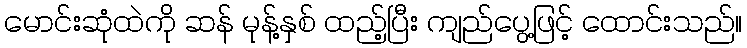
မောင်းဆုံထဲကို ဆန် မုန့်နှစ် ထည့်ပြီး ကျည်ပွေ့ဖြင့် ထောင်းသည်။